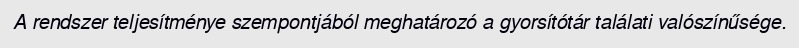
A rendszer teljesítménye szempontjából meghatározó a gyorsítótár találati valószínűsége.